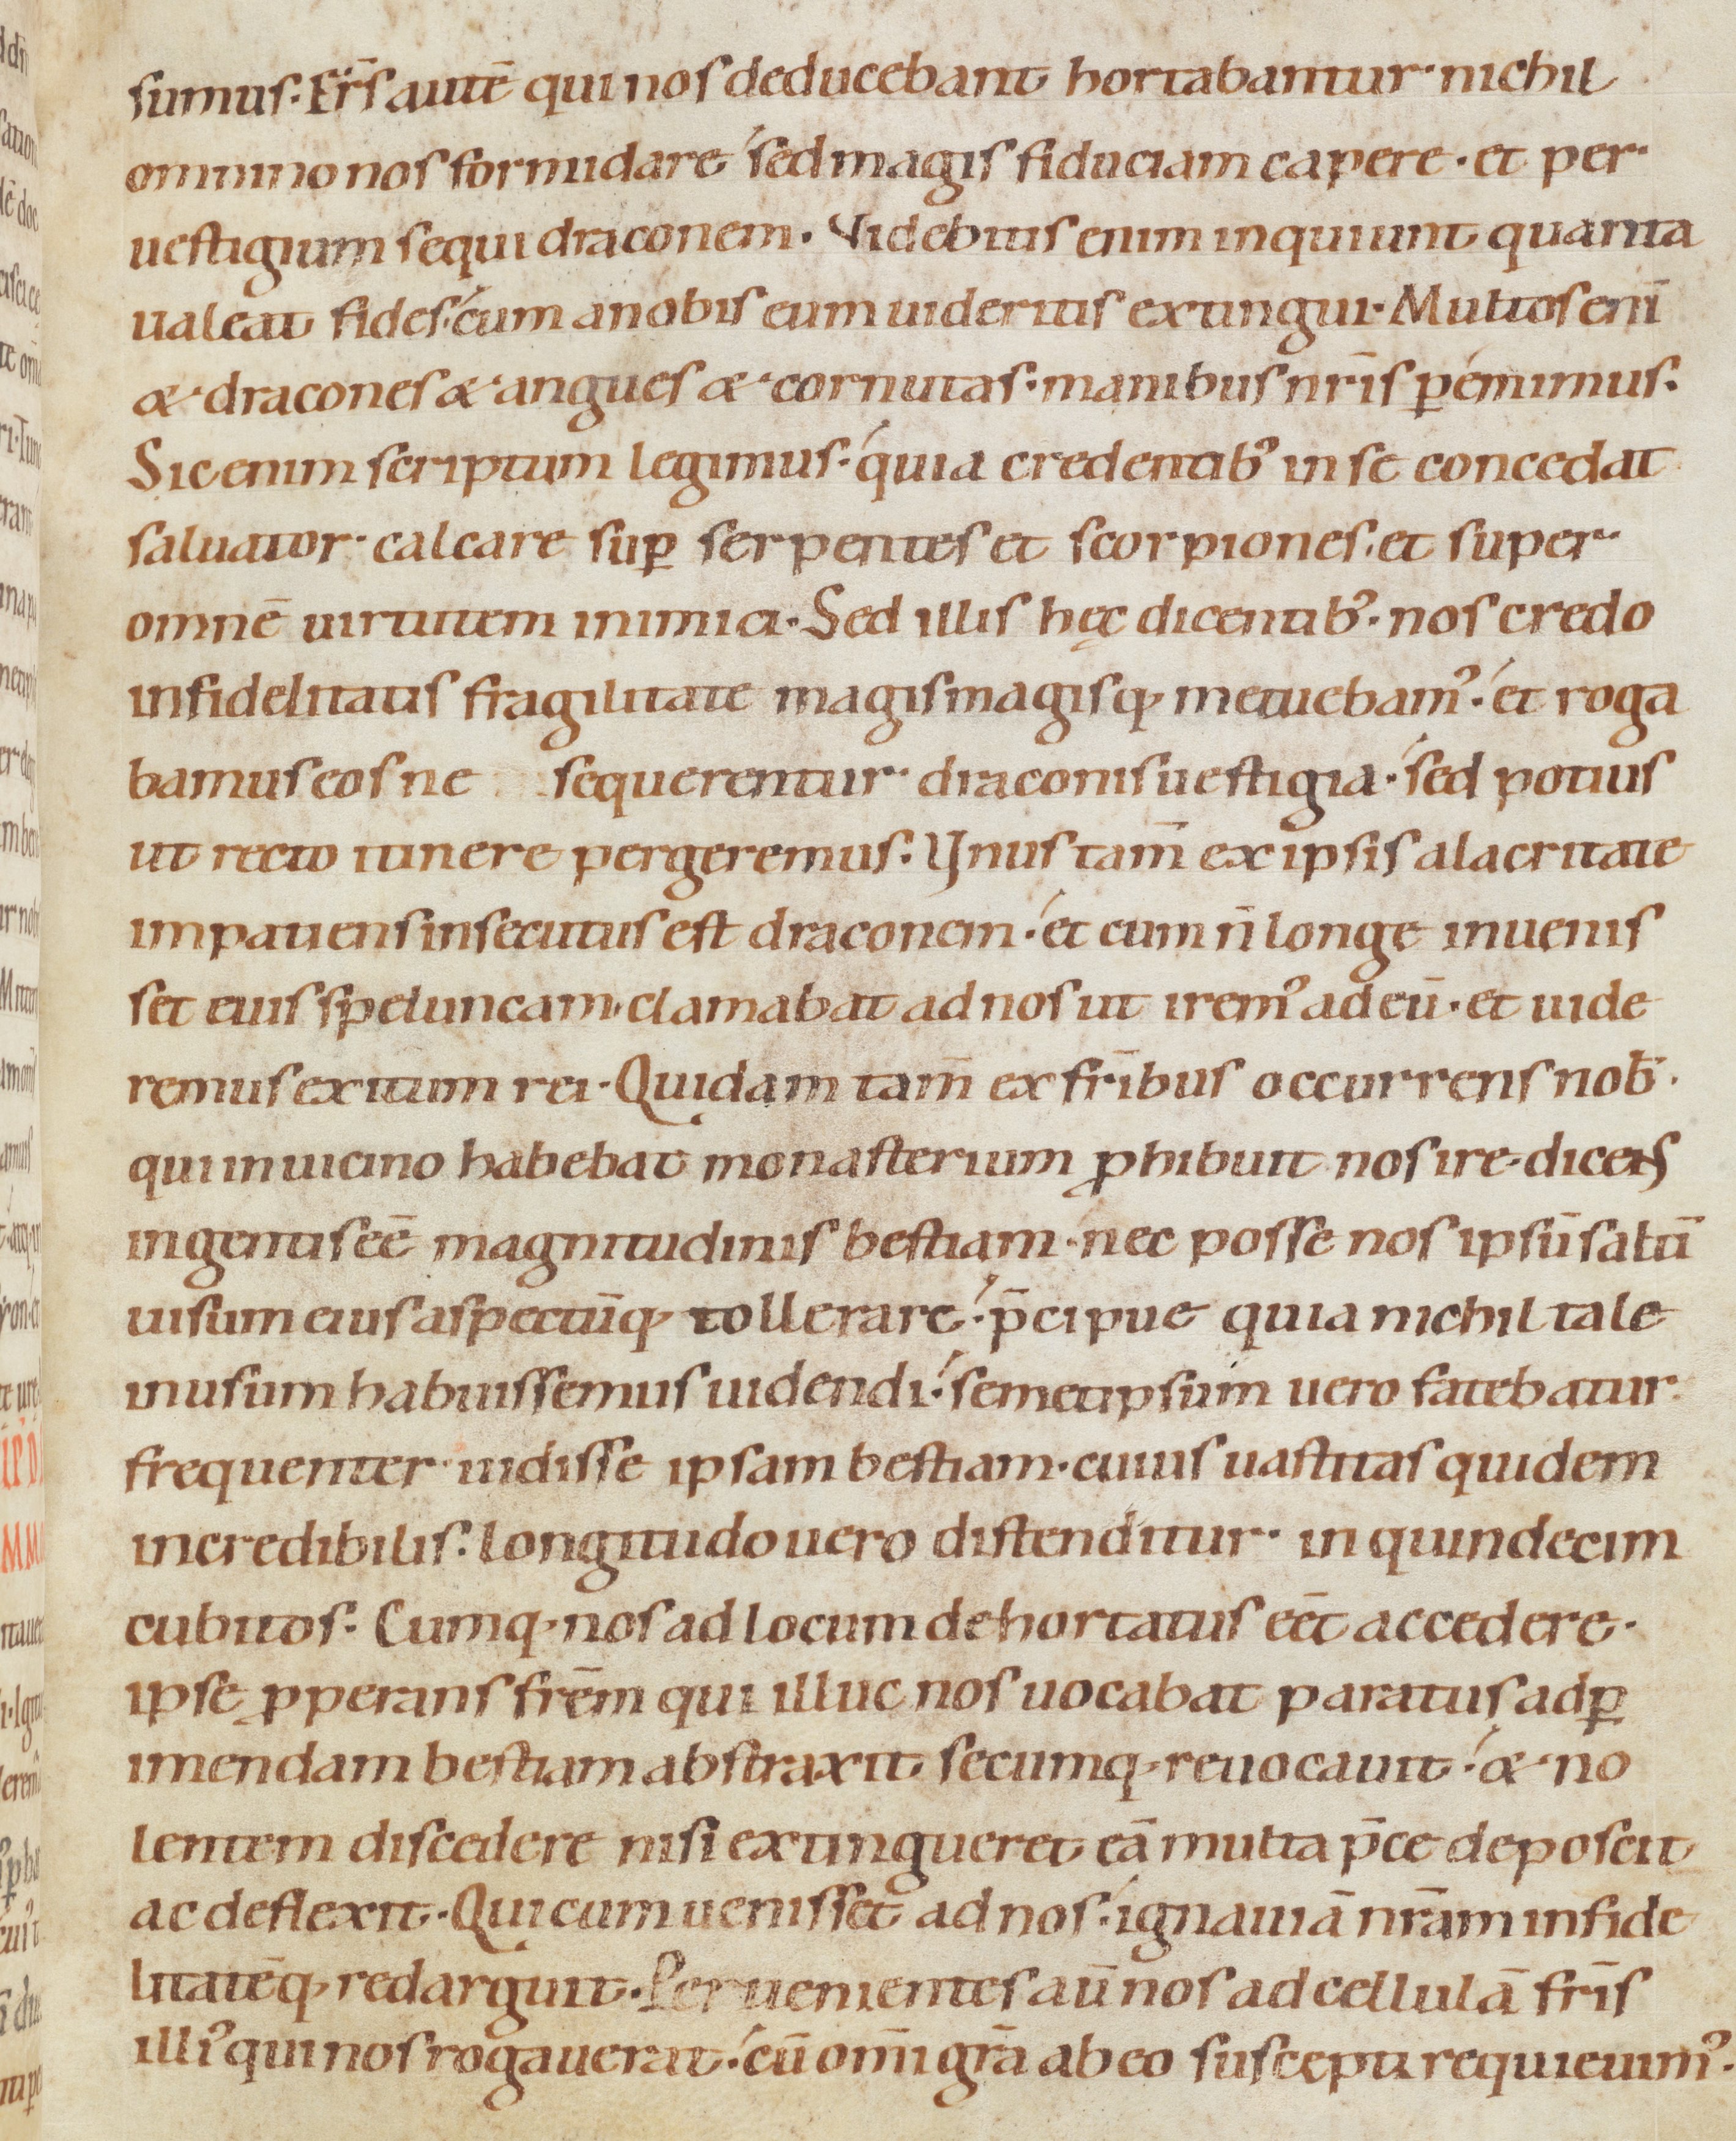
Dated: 1080–1096